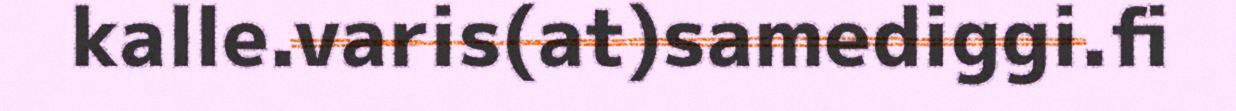
kalle.varis(at)samediggi.fi